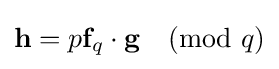
{\textbf {h}}=p{\textbf {f}}_{q}\cdot {\textbf {g}}{\pmod {q}}